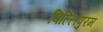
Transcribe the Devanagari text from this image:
विल्लिपुरम